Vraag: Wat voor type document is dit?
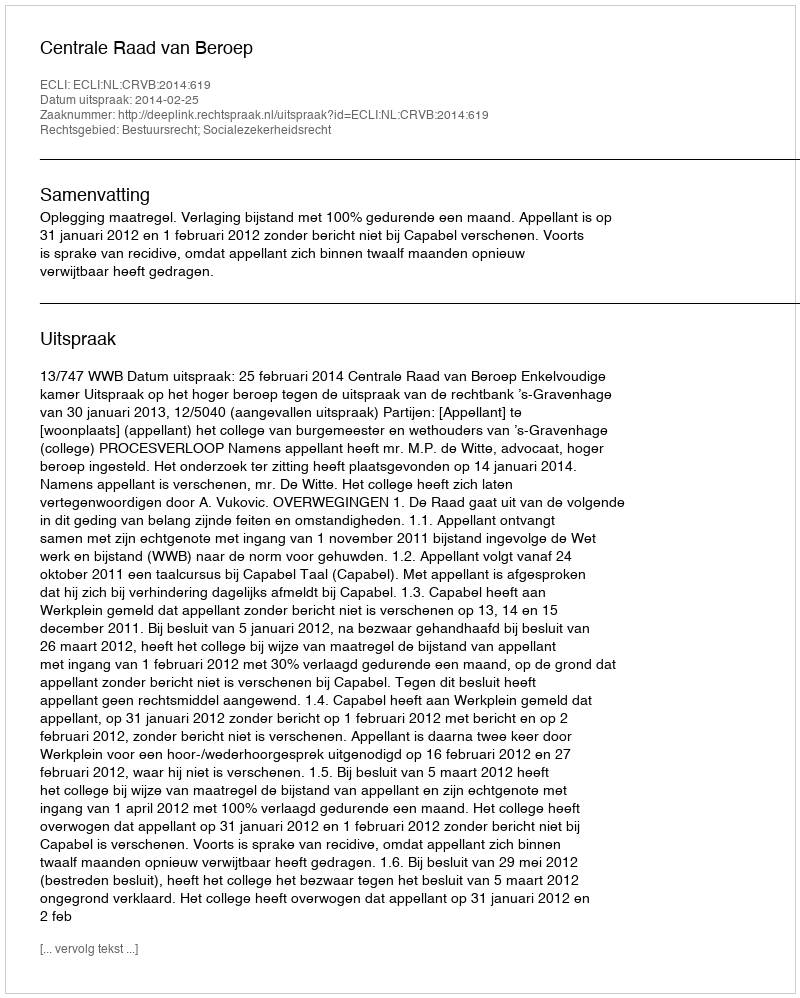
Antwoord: Uitspraak